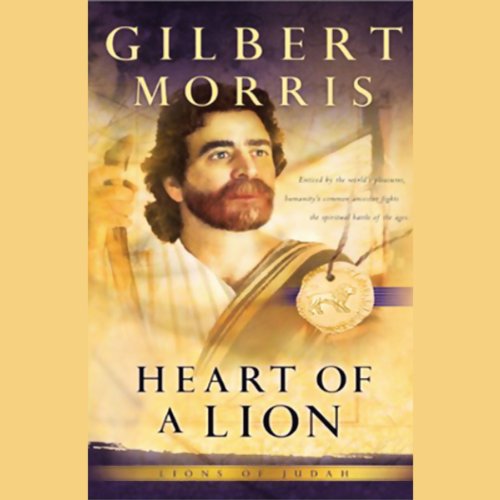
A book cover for Heart of a Lion; Gilbert Morris; Christian Books & Bibles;